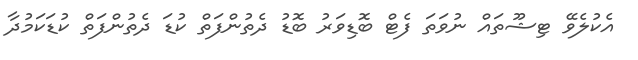
އެކުލެވޭ ޓިޝޫތައް ނުވަތަ ފެޓް ބޮޑިވަރު ބޮޑު ދެތުންފަތް ކުޑަ ދެތުންފަތް ކުޑަކަމުދާ